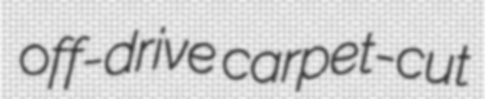
off-drive carpet-cut